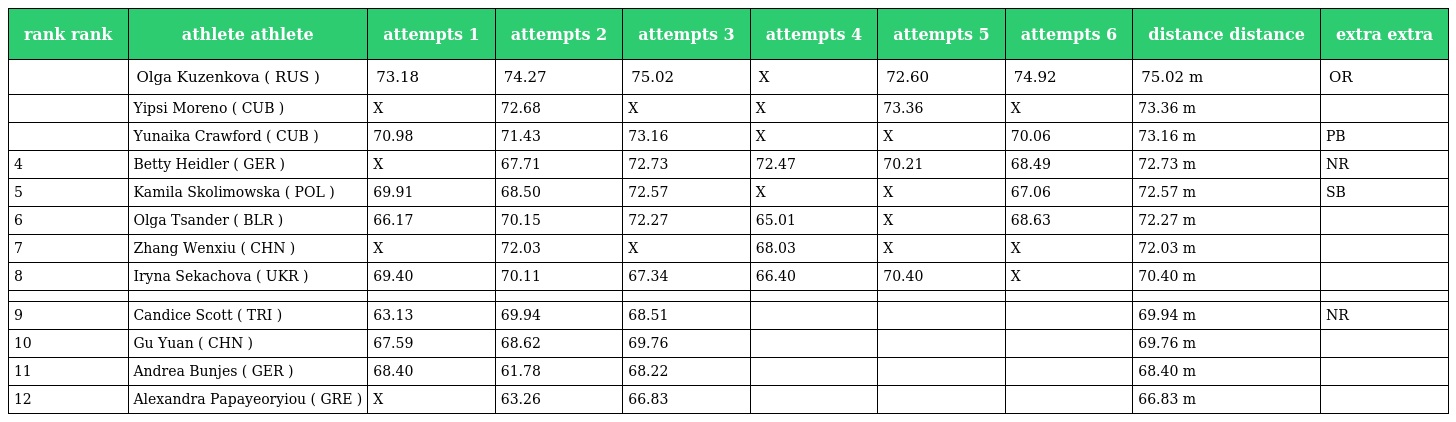
| rank rank | athlete athlete | attempts 1 | attempts 2 | attempts 3 | attempts 4 | attempts 5 | attempts 6 | distance distance | extra extra |
 | --- | --- | --- | --- | --- | --- | --- | --- | --- | --- |
 |  | Olga Kuzenkova ( RUS ) | 73.18 | 74.27 | 75.02 | X | 72.60 | 74.92 | 75.02 m | OR |
 |  | Yipsi Moreno ( CUB ) | X | 72.68 | X | X | 73.36 | X | 73.36 m |  |
 |  | Yunaika Crawford ( CUB ) | 70.98 | 71.43 | 73.16 | X | X | 70.06 | 73.16 m | PB |
 | 4 | Betty Heidler ( GER ) | X | 67.71 | 72.73 | 72.47 | 70.21 | 68.49 | 72.73 m | NR |
 | 5 | Kamila Skolimowska ( POL ) | 69.91 | 68.50 | 72.57 | X | X | 67.06 | 72.57 m | SB |
 | 6 | Olga Tsander ( BLR ) | 66.17 | 70.15 | 72.27 | 65.01 | X | 68.63 | 72.27 m |  |
 | 7 | Zhang Wenxiu ( CHN ) | X | 72.03 | X | 68.03 | X | X | 72.03 m |  |
 | 8 | Iryna Sekachova ( UKR ) | 69.40 | 70.11 | 67.34 | 66.40 | 70.40 | X | 70.40 m |  |
 |  |  |  |  |  |  |  |  |  |  |
 | 9 | Candice Scott ( TRI ) | 63.13 | 69.94 | 68.51 |  |  |  | 69.94 m | NR |
 | 10 | Gu Yuan ( CHN ) | 67.59 | 68.62 | 69.76 |  |  |  | 69.76 m |  |
 | 11 | Andrea Bunjes ( GER ) | 68.40 | 61.78 | 68.22 |  |  |  | 68.40 m |  |
 | 12 | Alexandra Papayeoryiou ( GRE ) | X | 63.26 | 66.83 |  |  |  | 66.83 m |  |